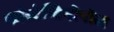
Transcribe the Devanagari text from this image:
कांस्टेन्टिनोपोल